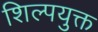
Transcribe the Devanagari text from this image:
शिल्पयुक्त